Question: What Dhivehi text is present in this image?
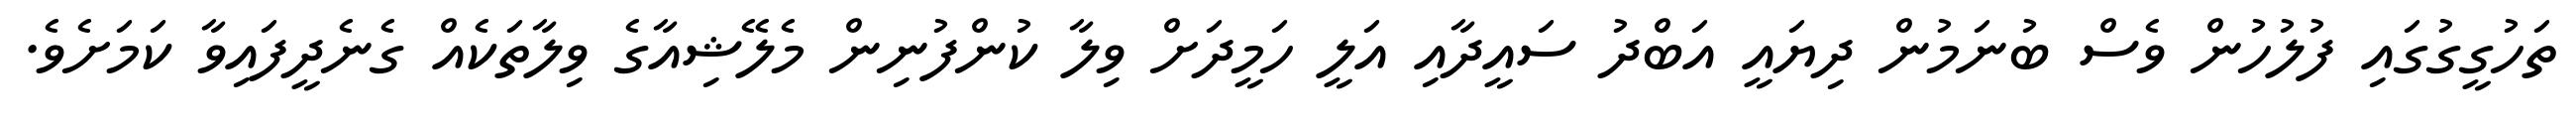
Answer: ތަހުގީގުގައި ފުލުހުން ވެސް ބުނަމުން ދިޔައީ އަބްދު ސައީދާއި އަލީ ހަމީދަށް ވިލާ ކުންފުނިން މެލޭޝިއާގެ ވިލާތަކެއް ގެނެދީފައިވާ ކަމަށެވެ.